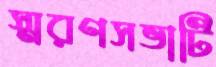
স্মরণসভাটি